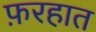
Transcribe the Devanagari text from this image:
फ़रहात